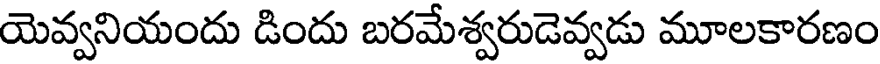
యెవ్వనియందు డిందు బరమేశ్వరుడెవ్వడు మూలకారణం